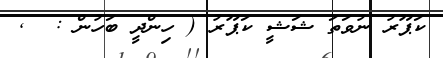
ކަޕޫރު ނުވަތަ ޝަޝީ ކަޕޫރު ( ހިންދީ ބަހުން :